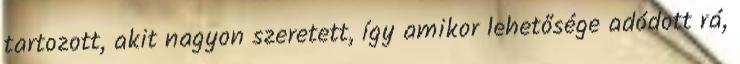
tartozott, akit nagyon szeretett, így amikor lehetősége adódott rá,